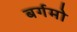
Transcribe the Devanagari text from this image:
बर्गमो